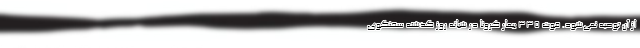
از آن توصیه نمی‌شود. فوت ۳۳۵ بیمار کرونا در شبانه روز گذشته سخنگوی